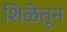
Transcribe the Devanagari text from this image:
शिळेतून